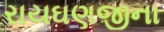
રાયઘણજીના